Civil Veterinary Dept. Bombay admin report 1932-41 - 1932-1941
Year: 1932
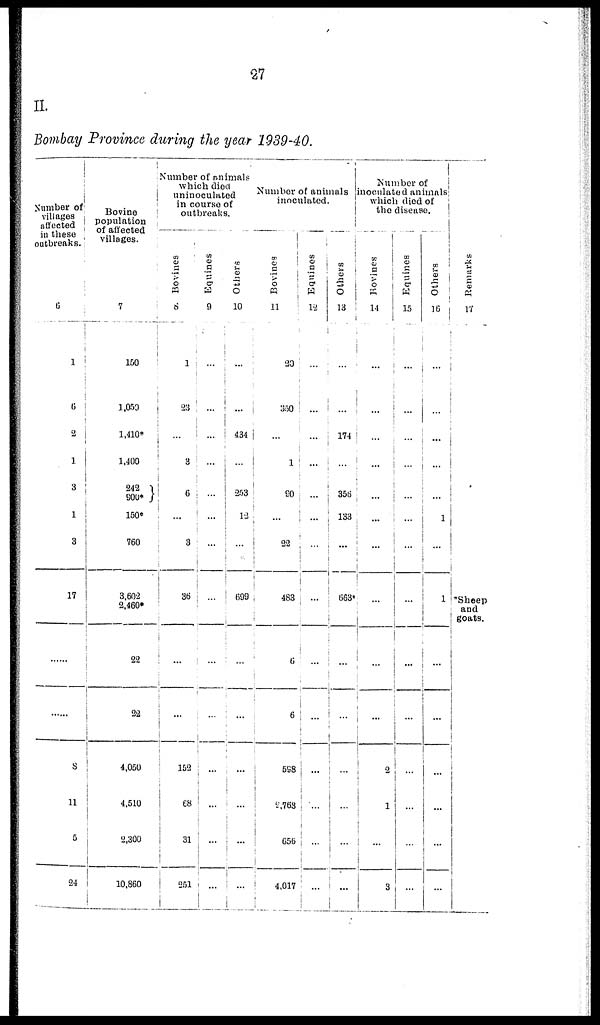
27
II.
Bombay Province during the year 1939-40.
Number of
villages
affected
in these
outbreaks.
6
1
6
2
1
3
1
3
17
......
......
8
11
5
24
Bovine
population
of affected
villages.
7
150
1,050
1,410*
1,400
242
900*
150*
760
3,602
2,460*
22
22
4,050
4,510
2,300
10,860
Number of animals
which died
uninoculated
in course of
outbreaks.
Bovines
8
1
23
...
3
6
...
3
36
...
...
152
68
31
251
Equines
9
...
...
...
...
...
...
...
...
...
...
...
...
...
...
Others
10
...
...
434
...
253
12
...
699
...
...
...
...
...
...
Number of animals
inoculated.
Bovines
11
20
350
...
1
90
... ...
22
483
6
6
598
2,763
656
4,017
Equines
12
...
...
...
...
...
...
...
...
...
...
...
...
...
...
Others
13
...
...
174
...
356
133
...
663*
...
...
...
...
...
...
Number of
inoculated animals
which died of
the disease.
Bovines
14
...
...
...
...
...
...
...
...
. ...
...
2
1
...
3
Equines
15
...
...
...
...
...
...
...
...
...
...
...
...
...
...
Others
16
...
...
...
...
...
1
...
1
...
...
...
...
...
...
Remarks
17
*Sheep
and
goats.